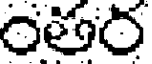
ంతర